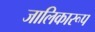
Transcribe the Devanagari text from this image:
जालिकारूप